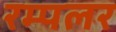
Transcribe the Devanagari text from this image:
रम्पलर